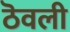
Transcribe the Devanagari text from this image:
ठॆवली